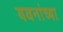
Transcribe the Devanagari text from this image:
यवनांच्या